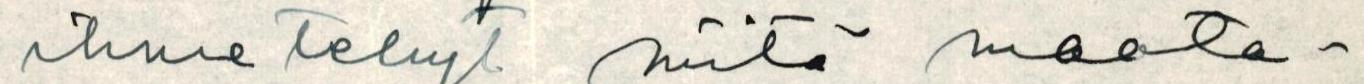
ihmetelnyt näitä maata-